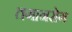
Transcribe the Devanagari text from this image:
तगानरोग